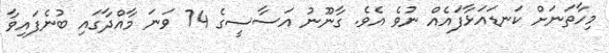
މިހާތަނަށް ކަނޑައަޅާފައެއް ނުވެ އެވެ. ގާނޫނު އަސާސީގެ 74 ވަނަ މާއްދާގައި ބުނެފައިވާ